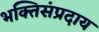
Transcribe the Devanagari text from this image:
भक्तिसंप्रदाय